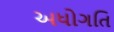
અધોગતિ